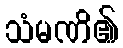
သံမဏိ၏